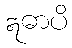
ဣဓာပိ